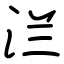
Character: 㳕